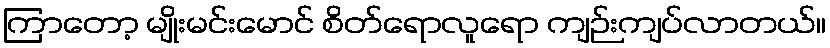
ကြာတော့ မျိုးမင်းမောင် စိတ်ရောလူရော ကျဉ်းကျပ်လာတယ်။